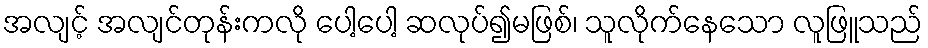
အလျင့် အလျင်တုန်းကလို ပေါ့ပေါ့ ဆလုပ်၍မဖြစ်၊ သူလိုက်နေသော လူဖြူသည်